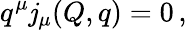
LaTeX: q^{\mu}\mathit{j}_{\mu}(Q,q)=0\, ,